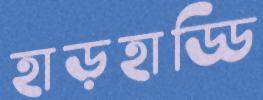
হাড়হাড্ডি